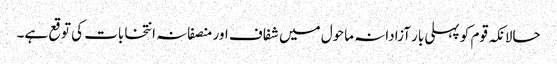
حالانکہ قوم کو پہلی بار آزادانہ ماحول میں شفاف اور منصفانہ انتخابات کی توقع ہے۔